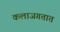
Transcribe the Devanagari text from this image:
कलाजगतात